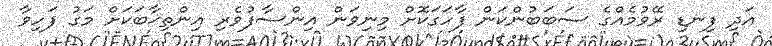
އަދި ފިނޑި ރޭވުމެއްގެ ސަބަބުންކަން ފާހަގަކޮށް މިނިވަން އިންސާފުވެރި އިންތިޚާބަކަށް މަގު ފަހިވާ